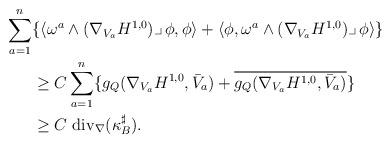
LaTeX: \begin{align*}\sum_{a=1}^n&\{\langle\omega^a\wedge (\nabla_{V_a}H^{1,0})\lrcorner\,\phi,\phi\rangle+\langle\phi,\omega^a\wedge (\nabla_{V_a}H^{1,0})\lrcorner\,\phi\rangle\}\\&\geq C\sum_{a=1}^n\{g_Q(\nabla_{V_a}H^{1,0},\bar V_a)+\overline {g_Q(\nabla_{V_a}H^{1,0},\bar V_a)}\}\\&\geq C\ {\rm div}_\nabla(\kappa_B^\sharp).\end{align*}